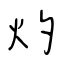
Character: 灼